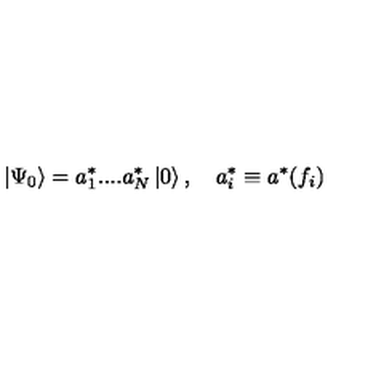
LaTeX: \left| \Psi _ { 0 } \right\rangle = a _ { 1 } ^ { * } . . . . a _ { N } ^ { * } \left| 0 \right\rangle , \quad a _ { i } ^ { * } \equiv a ^ { * } ( f _ { i } )